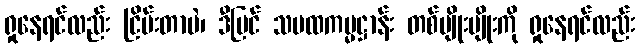
ရှုနေရင်လည်း ငြိမ်းတာပဲ၊ ဒီပြင် သမထကမ္မဋ္ဌာန်း တစ်မျိုးမျိုးကို ရှုနေရင်လည်း